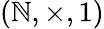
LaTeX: (\mathbb{N},\times,1)